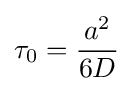
\tau _{0}={\frac {a^{2}}{6D}}